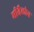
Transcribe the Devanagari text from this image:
मीतैलोन